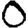
Digit: 0